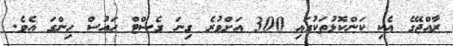
ރާއްޖޭގެ އެކި ކަންކޮޅުތަކުގައި 300 އަށްވުރެ ގިނަ ގެސްޓް ހައުސް ހިންގަ އެވެ.